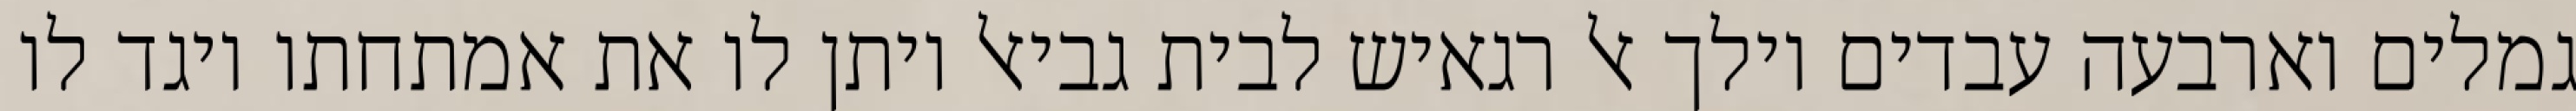
גמלים וארבעה עבדים וילך אל רגאיש לבית גביאל ויתן לו את אמתחתו ויגד לו